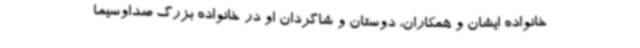
خانواده ایشان و همکاران، دوستان و شاگردان او در خانواده بزرگ صداوسیما